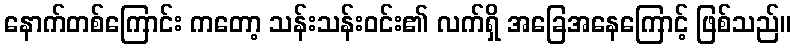
နောက်တစ်ကြောင်း ကတော့ သန်းသန်းဝင်း၏ လက်ရှိ အခြေအနေကြောင့် ဖြစ်သည်။